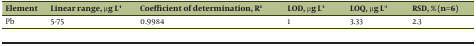
| Element | Linear range, μg L-1 | Coefficient of determination, R2 | LOD, μg L-1 | LOQ, μg L-1 | RSD, % (n=6) |
 | --- | --- | --- | --- | --- | --- |
 | Pb | 5-75 | 0.9984 | 1 | 3.33 | 2.3 |